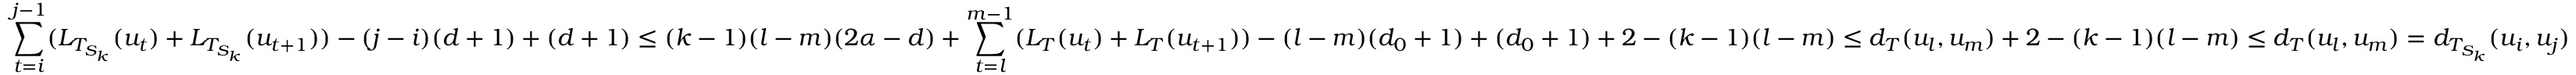
\sum _ { t = i } ^ { j - 1 } ( L _ { T _ { S _ { k } } } ( u _ { t } ) + L _ { T _ { S _ { k } } } ( u _ { t + 1 } ) ) - ( j - i ) ( d + 1 ) + ( d + 1 ) \leq ( k - 1 ) ( l - m ) ( 2 \alpha - d ) + \sum _ { t = l } ^ { m - 1 } ( L _ { T } ( u _ { t } ) + L _ { T } ( u _ { t + 1 } ) ) - ( l - m ) ( d _ { 0 } + 1 ) + ( d _ { 0 } + 1 ) + 2 - ( k - 1 ) ( l - m ) \leq d _ { T } ( u _ { l } , u _ { m } ) + 2 - ( k - 1 ) ( l - m ) \leq d _ { T } ( u _ { l } , u _ { m } ) = d _ { T _ { S _ { k } } } ( u _ { i } , u _ { j } )